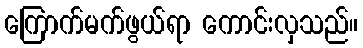
ကြောက်မက်ဖွယ်ရာ ကောင်းလှသည်။